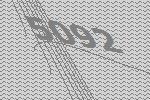
5092